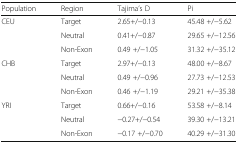
<table><thead><tr><td><b>Population</b></td><td><b>Region</b></td><td><b>Tajima’s D</b></td><td><b>Pi</b></td></tr></thead><tbody><tr><td rowspan="3">CEU</td><td>Target</td><td>2.65+/−0.13</td><td>45.48 +/−5.62</td></tr><tr><td>Neutral</td><td>0.41+/−0.87</td><td>29.65 +/−12.56</td></tr><tr><td>Non-Exon</td><td>0.49 +/−1.05</td><td>31.32 +/−35.12</td></tr><tr><td rowspan="3">CHB</td><td>Target</td><td>2.97+/−0.13</td><td>48.00 +/−8.67</td></tr><tr><td>Neutral</td><td>0.49 +/−0.96</td><td>27.73 +/−12.53</td></tr><tr><td>Non-Exon</td><td>0.46 +/−1.19</td><td>29.21 +/−35.38</td></tr><tr><td rowspan="3">YRI</td><td>Target</td><td>0.66+/−0.16</td><td>53.58 +/−8.14</td></tr><tr><td>Neutral</td><td>−0.27+/−0.54</td><td>39.30 +/−13.21</td></tr><tr><td>Non-Exon</td><td>−0.17 +/−0.70</td><td>40.29 +/−31.30</td></tr></tbody></table>